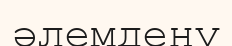
әлемдену